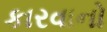
કારવાનો